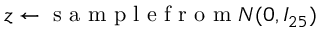
z \gets \mathrm { ~ s ~ a ~ m ~ p ~ l ~ e ~ f ~ r ~ o ~ m ~ } { \cal N } ( 0 , I _ { 2 5 } )